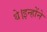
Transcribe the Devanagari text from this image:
थे।इन्होंने